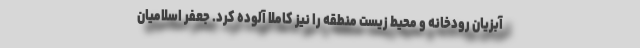
آبزیان رودخانه و محیط زیست منطقه را نیز کاملا آلوده کرد. جعفر اسلامیان